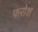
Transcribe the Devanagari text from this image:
फरोश